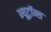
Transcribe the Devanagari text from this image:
न्यूट्रॉन्स